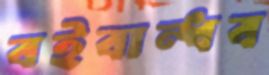
বইবান্ধব